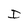
Character: I